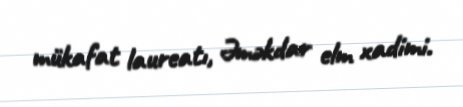
mükafat laureatı, Əməkdar elm xadimi.